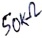
Text: 50KΩ